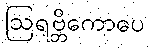
ဩရဗ္ဘိကောပေ